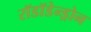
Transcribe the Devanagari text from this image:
रॉडॉडेन्ड्रोन